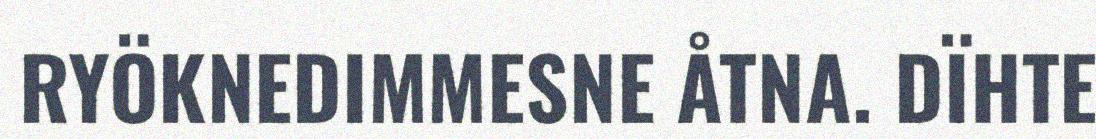
RYÖKNEDIMMESNE ÅTNA. DÏHTE